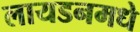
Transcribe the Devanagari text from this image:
लायडनमधे